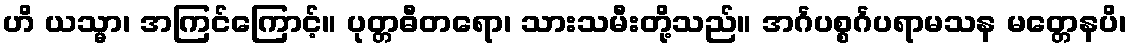
ဟိ ယသ္မာ၊ အကြင်ကြောင့်။ ပုတ္တဓီတရော၊ သားသမီးတို့သည်။ အင်္ဂပစ္စင်္ဂပရာမသန မတ္တေနပိ၊